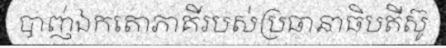
បាញ់ឯកតោភាគីរបស់ប្រធានាធិបតីស៊ូ